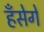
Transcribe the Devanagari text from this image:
हँसेगें